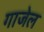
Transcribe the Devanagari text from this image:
गाजेल